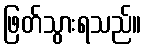
ဖြတ်သွားရသည်။